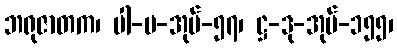
ဘရုဇာတက၊ ပါ-ပ-အုပ်-၅၇၊ ဋ္ဌ-ဒု-အုပ်-၁၅၅၊